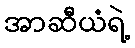
အာဆီယံရဲ့